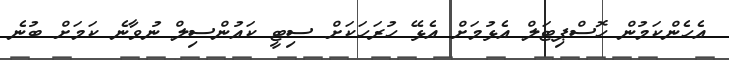
އެހެންކަމުން ހޮސްޕިޓަލް އެޅުމަށް އެޅޭ ހުރަހަކަށް ސިޓީ ކައުންސިލް ނުވާނެ ކަމަށް ބުނެ